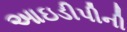
આઇડીપીની